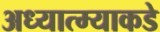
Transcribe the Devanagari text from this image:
अध्यात्म्याकडे